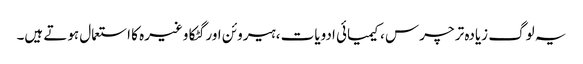
یہ لوگ زیادہ تر چرس ،کیمیائی ادویات ،ہیروئن اور گٹکا وغیرہ کا استعمال ہوتے ہیں۔